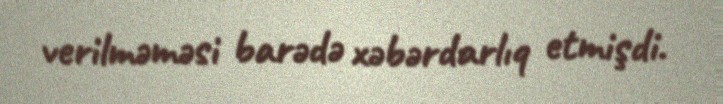
verilməməsi barədə xəbərdarlıq etmişdi.